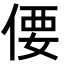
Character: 偠